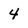
Character: 4